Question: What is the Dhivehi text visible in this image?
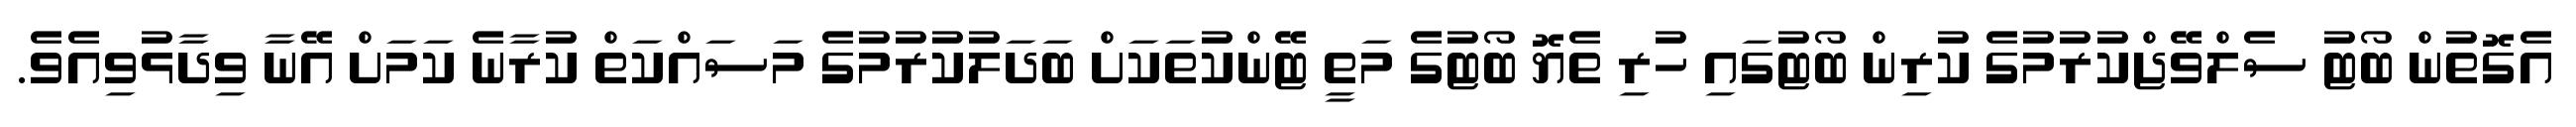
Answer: އެގޮތުން ބޯޓު ސެލްވޭޖްކުރުމުގެ ކުރިން ބޯޓުގައި ހުރި ތެޔޮ ބޯޓުގެ މަތީ ޓޭންކުތަކަށް ބަދަލުކުރުމުގެ މަސައްކަތް ކުރާނެ ކަމަށް އޭނާ ވިދާޅުވިއެވެ.